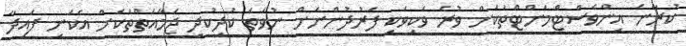
ކުރާނެ އިންވެސްޓްމަންޓްތަކަށް ވުރެ ވަކިވަކި ފަރުދުންނަށް ނުވަތަ ކުދިކުދި ޖަމާއަތްތަކަށް އެކަނި ފައިދާ